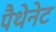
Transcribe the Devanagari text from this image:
पैथेनेट